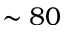
\sim 8 0